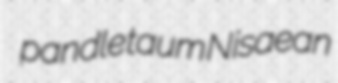
pandle taum Nisaean